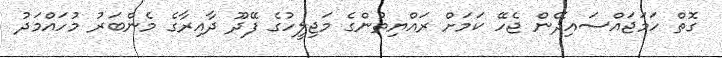
ގޮތް ހަމަޖައްސައިދޭން ޖެހޭ ކަމަށް ރައްޔިތުންގެ މަޖިލީހުގެ ފޭދޫ ދާއިރާގެ މެންބަރު މުހައްމަދު